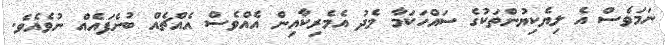
ނަމަވެސް އެ ލިޔެކިޔުންތަކުގެ ސައްހަކަމާ މެދު އެމެރިކާއިން އެއްވެސް އެއްޗެއް ބުނެފައެއް ނުވެއެވެ.